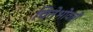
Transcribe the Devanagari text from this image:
चितेभोवती